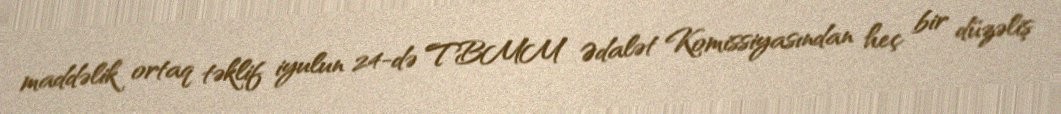
maddəlik ortaq təklif iyulun 24-də TBMM Ədalət Komissiyasından heç bir düzəliş